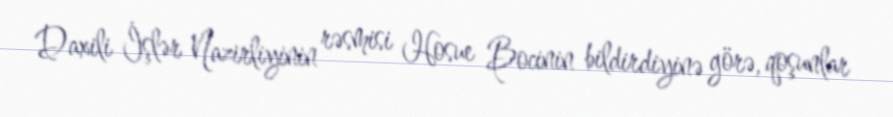
Daxili İşlər Nazirliyinin rəsmisi Hosue Bocinin bildirdiyinə görə, qoşunlar